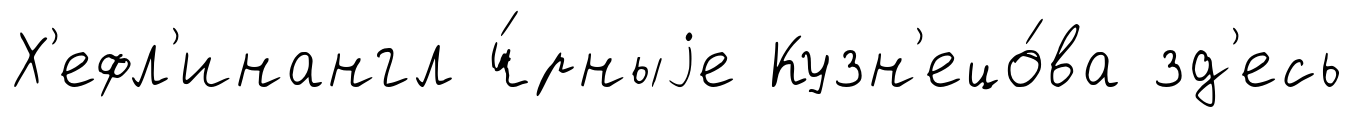
Х'ефл'инангл ч́рныjе Кузн'ецо́ва зд'есь